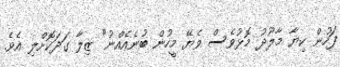
ފަހުން ކިޔާ މާލޫދު މޮޅުވެސް ވެޔޭ މީހުން ބުނެއެއްނު" ޒިލާ ގަދަކޮށްލި އެވެ.